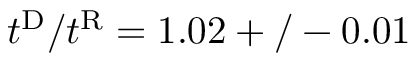
t ^ { \mathrm { { D } } } / t ^ { \mathrm { { R } } } = 1 . 0 2 + / - 0 . 0 1